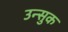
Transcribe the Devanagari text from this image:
उन्सुक